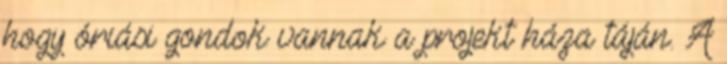
hogy óriási gondok vannak a projekt háza táján. A